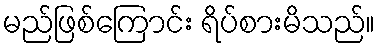
မည်ဖြစ်ကြောင်း ရိပ်စားမိသည်။